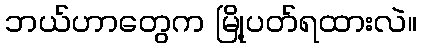
ဘယ်ဟာတွေက မြို့ပတ်ရထားလဲ။